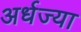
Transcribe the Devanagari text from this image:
अर्धज्या